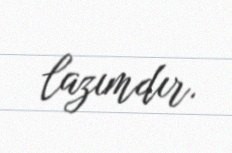
lazımdır.